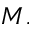
M .